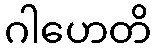
ဂါဟေတိ